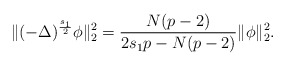
\begin{align*}\|(-\Delta)^{\frac{s_1}{2}}\phi\|_2^2=\frac{N(p-2)}{2s_1p-N(p-2)}\|\phi\|_2^2.\end{align*}